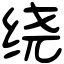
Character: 绕